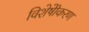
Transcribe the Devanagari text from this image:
विशेषीेकरण